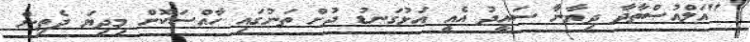
"އަލްއުސްތާޛާ ދިޔާނާ ސައީދު އެއީ އަޅުގަނޑު ދުށް ތަނުގައި ހާއްސަކޮށް މިދިޔަ ދެތިން